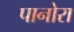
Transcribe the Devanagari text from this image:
पानोरा